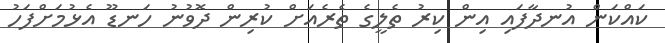
ކައްކަން އުނދާފައި އިން ކިރު ތެލީގެ ތެރެއަށް ކުރިން ދޮވުނު ހަނޑޫ އެޅުމަށްފަހު